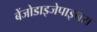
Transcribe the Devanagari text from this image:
बेंजोडाइजेपाइनस